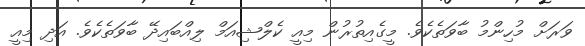
ވަރަށް މުހިންމު ބާވަތެކެވެ. މީގެއިތުރުން މިއީ ކެލްޝިއަމް ލިއްބައިދޭ ބާވަތެކެވެ. އަދި މިއީ